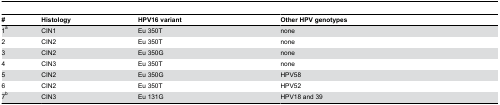
| # | Histology | HPV16 variant | Other HPV genotypes |
 | --- | --- | --- | --- |
 | 1a | CIN1 | Eu 350T | none |
 | 2 | CIN2 | Eu 350T | none |
 | 3 | CIN2 | Eu 350G | none |
 | 4 | CIN3 | Eu 350T | none |
 | 5 | CIN2 | Eu 350G | HPV58 |
 | 6 | CIN2 | Eu 350T | HPV52 |
 | 7b | CIN3 | Eu 131G | HPV18 and 39 |